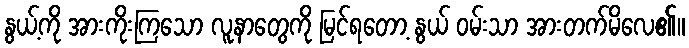
နွယ့်ကို အားကိုးကြသော လူနာတွေကို မြင်ရတော့ နွယ် ဝမ်းသာ အားတက်မိလေ၏။